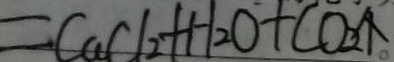
= C a C l _ { 2 } + H _ { 2 } O + C O _ { 2 } \uparrow